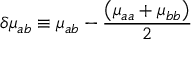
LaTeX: \delta \mu _ { a b } \equiv \mu _ { a b } - { \frac { \left( \mu _ { a a } + \mu _ { b b } \right) } { 2 } }